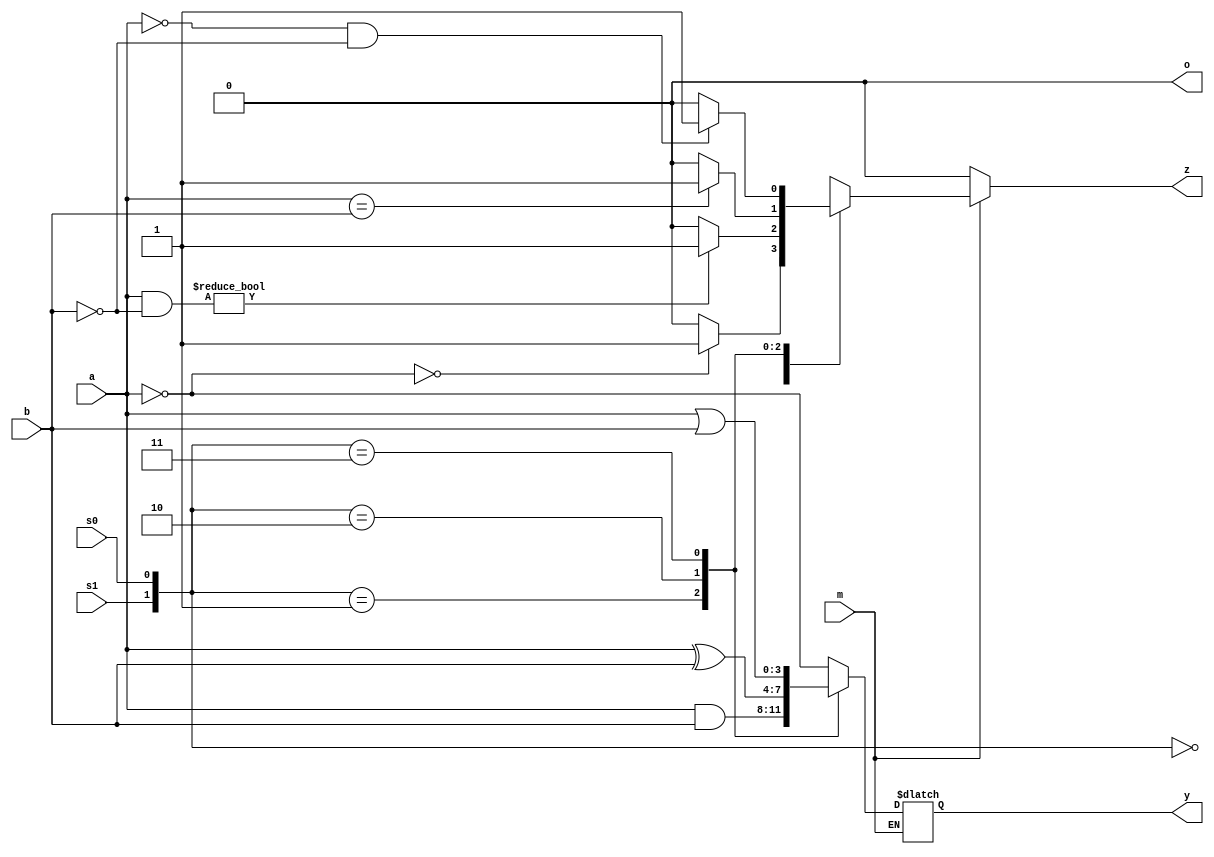
`timescale 1ns / 1ps
//////////////////////////////////////////////////////////////////////////////////
// Company: 
// Engineer: 
// 
// Design Name: 
// Module Name: alu
// Project Name: 
// Target Devices: 
// Tool Versions: 
// Description: 
// 
// Dependencies: 
// 
// Revision:
// Revision 0.01 - File Created
// Additional Comments:
// 
//////////////////////////////////////////////////////////////////////////////////


module alu(m, s1, s0, a, b, y, z, o);
input m;
input s1;
input s0;
input [3:0] a;
input [3:0] b;
output reg [3:0] y;
output reg z;
output reg o;

always @ (*)
begin
    z = 0;
    o = 0;
    casez(m)
        1: begin 
        casez({s1, s0})
            0 :begin //~A bitwise negation
                y = ~a;
                if(y == 0) z = 1;
            end
            1: begin //and
                y = a & b;
                if(a & b == 0) z = 1; 
            end
            2: begin //bitwise XOR
                y = a ^ b;
                if(a == b) z = 1;
            end
            3: begin //bitwise OR
                y = a | b;
                if(a == 0 && b == 0) z = 1;
            end
        endcase        
        end
        1: begin 
        casez({s1, s0})
            0:begin //decrement A - 1
                y = a - 1;
                if(a == 1) z = 1;
            end
            1: begin //add A + B
                y = a + b;
                if(y == 0) z = 1;
                if(y < a && y < b) o = 1;
            end
            2: begin //sub A - B
                y = a - b;
                if(a == b) z = 1;
            end
            3: begin //increment A + 1
                y = a + 1;
                if(a == 15) o = 1;
            end
        endcase
        end
        default: $display("invalid input");
    endcase
end
endmodule